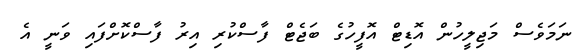
ނަމަވެސް މަޖިލީހުން އޮޑިޓް އޮފީހުގެ ބަޖެޓް ފާސްކުރި އިރު ފާސްކޮށްފައި ވަނީ އެ